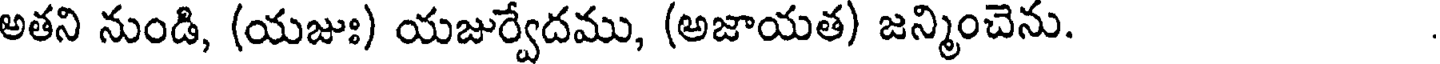
అతని నుండి, (యజుః) యజుర్వేదము, (అజాయత) జన్మించెను.